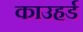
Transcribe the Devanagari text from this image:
काउहर्ड